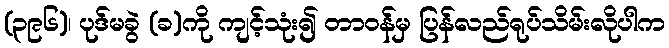
(၃၉၆)၊ ပုဒ်မခွဲ (ခ)ကို ကျင့်သုံး၍ တာဝန်မှ ပြန်လည်ရုပ်သိမ်းလိုပါက